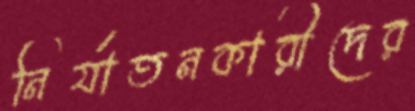
নির্যাতনকারীদের